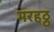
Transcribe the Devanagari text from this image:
मरहठ्ठ